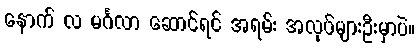
နောက် လ မင်္ဂလာ ဆောင်ရင် အရမ်း အလုပ်များဦးမှာပဲ။